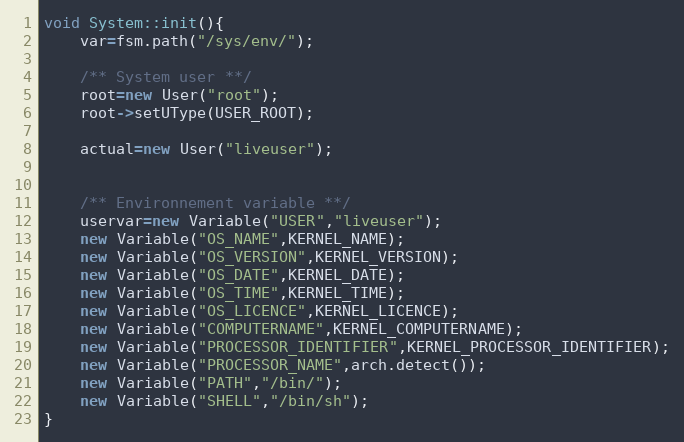
Language: C++
void System::init(){
	var=fsm.path("/sys/env/");

	/** System user **/
	root=new User("root");
	root->setUType(USER_ROOT);

	actual=new User("liveuser");

	/** Environnement variable **/
	uservar=new Variable("USER","liveuser");
	new Variable("OS_NAME",KERNEL_NAME);
	new Variable("OS_VERSION",KERNEL_VERSION);
	new Variable("OS_DATE",KERNEL_DATE);
	new Variable("OS_TIME",KERNEL_TIME);
	new Variable("OS_LICENCE",KERNEL_LICENCE);
	new Variable("COMPUTERNAME",KERNEL_COMPUTERNAME);
	new Variable("PROCESSOR_IDENTIFIER",KERNEL_PROCESSOR_IDENTIFIER);
	new Variable("PROCESSOR_NAME",arch.detect());
	new Variable("PATH","/bin/");
	new Variable("SHELL","/bin/sh");
}